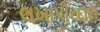
લખાપીરદાદા